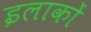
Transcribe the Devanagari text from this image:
इलाकाें